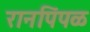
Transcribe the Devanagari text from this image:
रानपिंपळ